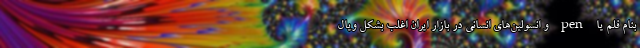
بنام قلم یا pen و انسولین‌های انسانی در بازار ایران اغلب بشکل ویال